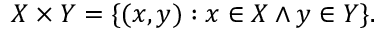
X \times Y = \{ ( x , y ) : x \in X \land y \in Y \} .